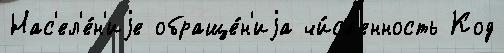
Нас'ел'е́н'иjе обраще́н'иjа чи́сл'енность Код